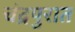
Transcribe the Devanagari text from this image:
चंद्रपुरात